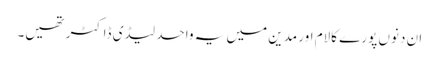
ان دنوں پورے کالام اور مدین میں یہ واحد لیڈی ڈاکٹر تھیں۔